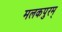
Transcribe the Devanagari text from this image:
मलकपुरम्‌